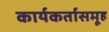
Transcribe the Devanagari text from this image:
कार्यकर्तासमूह